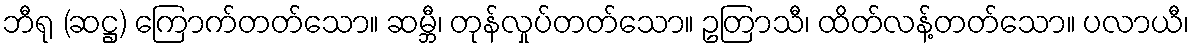
ဘီရု (ဆဋ္ဌ) ကြောက်တတ်သော။ ဆမ္ဘီ၊ တုန်လှုပ်တတ်သော။ ဥတြာသီ၊ ထိတ်လန့်တတ်သော။ ပလာယီ၊